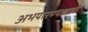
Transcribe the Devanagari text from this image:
अभयारण्यातली